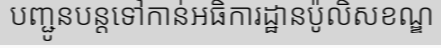
បញ្ជូនបន្តទៅកាន់អធិការដ្ឋានប៉ូលិសខណ្ឌ